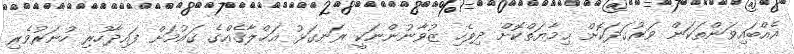
އެއްބައިވަންތަކަން ވަރުގަދަކޮށް ޙިމާޔަތްކޮށް ދިވެހި ޒުވާނުންނަކީ ރަނގަޅު އަޚްލާޤެއްގެ ޤައުމަށް ފައިދާހުރި ހުނަރުވެރި